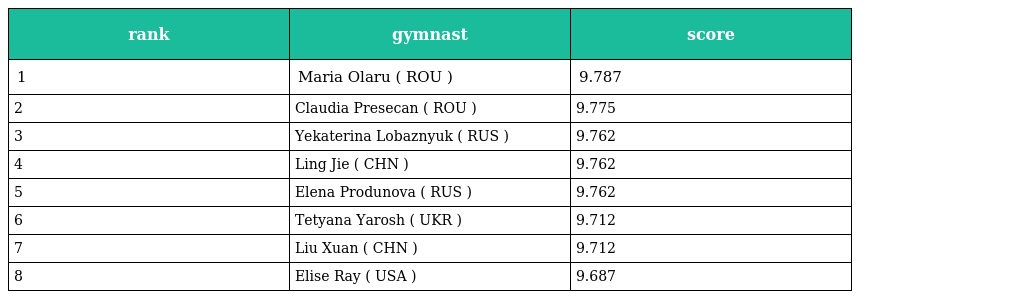
| rank | gymnast | score |
 | --- | --- | --- |
 | 1 | Maria Olaru ( ROU ) | 9.787 |
 | 2 | Claudia Presecan ( ROU ) | 9.775 |
 | 3 | Yekaterina Lobaznyuk ( RUS ) | 9.762 |
 | 4 | Ling Jie ( CHN ) | 9.762 |
 | 5 | Elena Produnova ( RUS ) | 9.762 |
 | 6 | Tetyana Yarosh ( UKR ) | 9.712 |
 | 7 | Liu Xuan ( CHN ) | 9.712 |
 | 8 | Elise Ray ( USA ) | 9.687 |